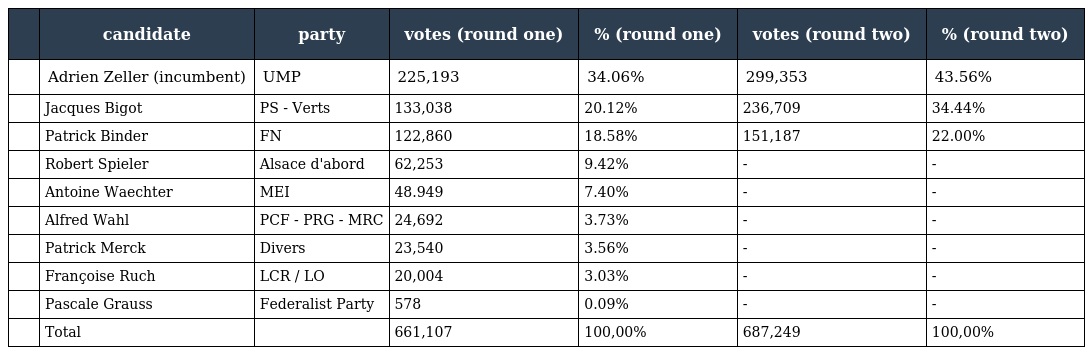
|  | candidate | party | votes (round one) | % (round one) | votes (round two) | % (round two) |
 | --- | --- | --- | --- | --- | --- | --- |
 |  | Adrien Zeller (incumbent) | UMP | 225,193 | 34.06% | 299,353 | 43.56% |
 |  | Jacques Bigot | PS - Verts | 133,038 | 20.12% | 236,709 | 34.44% |
 |  | Patrick Binder | FN | 122,860 | 18.58% | 151,187 | 22.00% |
 |  | Robert Spieler | Alsace d'abord | 62,253 | 9.42% | - | - |
 |  | Antoine Waechter | MEI | 48.949 | 7.40% | - | - |
 |  | Alfred Wahl | PCF - PRG - MRC | 24,692 | 3.73% | - | - |
 |  | Patrick Merck | Divers | 23,540 | 3.56% | - | - |
 |  | Françoise Ruch | LCR / LO | 20,004 | 3.03% | - | - |
 |  | Pascale Grauss | Federalist Party | 578 | 0.09% | - | - |
 |  | Total |  | 661,107 | 100,00% | 687,249 | 100,00% |